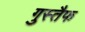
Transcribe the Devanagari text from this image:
गुस्तैफ